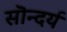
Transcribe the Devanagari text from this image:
सॊन्दर्य